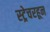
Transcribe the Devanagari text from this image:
स्ट्रेचरहून